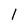
Character: 1